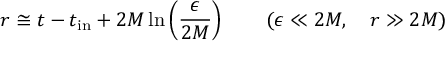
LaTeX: r \cong t - t _ { \mathrm { i n } } + 2 M \ln \left( { \frac { \epsilon } { 2 M } } \right) \qquad ( \epsilon \ll 2 M , \quad r \gg 2 M )